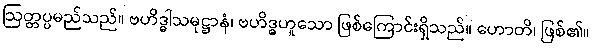
ဩတ္တပ္ပမည်သည်။ ဗဟိဒ္ဓါသမုဋ္ဌာနံ၊ ဗဟိဒ္ဓဟူသော ဖြစ်ကြောင်းရှိသည်။ ဟောတိ၊ ဖြစ်၏။